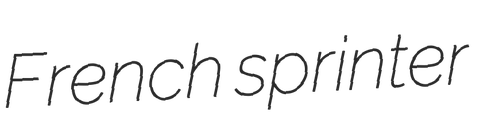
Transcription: French sprinter